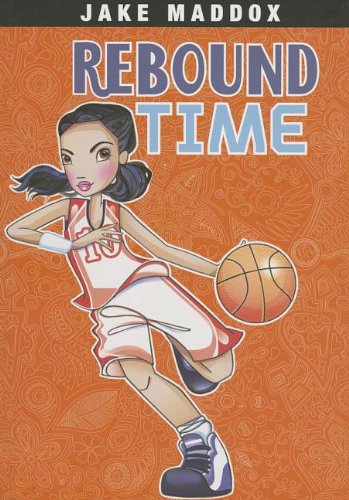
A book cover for Rebound Time (Jake Maddox Girl Sports Stories); Jake Maddox; Children's Books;